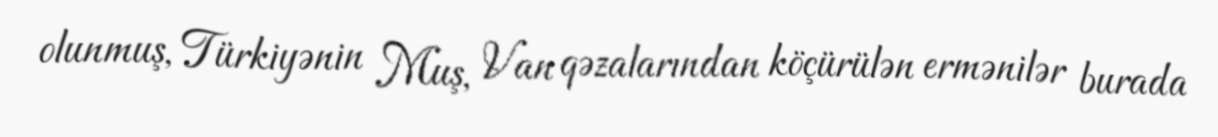
olunmuş, Türkiyənin Muş, Van qəzalarından köçürülən ermənilər burada